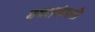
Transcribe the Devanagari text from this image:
गया।कंपनी